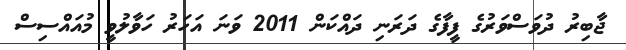
ޖާބިރު ދުވަސްވަރުގެ ފީފާގެ ދަރަނި ދައްކަން 2011 ވަނަ އަހަރު ހަވާލުވީ މުއައްސިސް